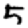
Digit: 5